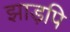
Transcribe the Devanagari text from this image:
झाड़पि